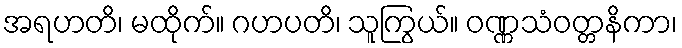
အရဟတိ၊ မထိုက်။ ဂဟပတိ၊ သူကြွယ်။ ဝဏ္ဏသံဝတ္တနိကာ၊